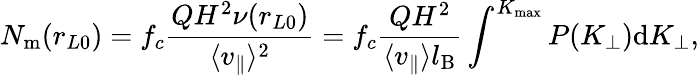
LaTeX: N_{\mathrm{m}}(r_{L0})=f_{c}\frac{QH^{2}\nu(r_{L0})}{\langle{v_{\parallel}}\rangle^{2}}=f_{c}\frac{QH^{2}}{\langle{v_{\parallel}}\rangle l_{\mathrm{B}}}\int^{K_{\mathrm{max}}}P(K_{\perp})\mathrm{d}K_{\perp},